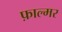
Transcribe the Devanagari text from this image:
फ़ाल्मर